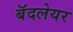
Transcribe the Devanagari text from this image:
बॅदलेयर